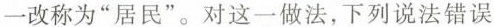
一改称为“居民”。对这一做法，下列说法错误